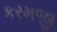
કરમજી